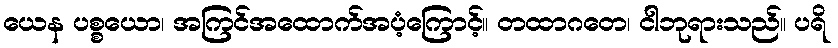
ယေန ပစ္စယော၊ အကြင်အထောက်အပံ့ကြောင့်။ တထာဂတေ၊ ငါဘုရားသည်။ ပရိ